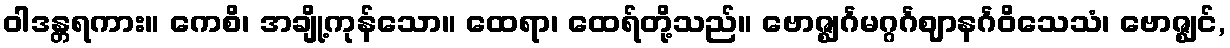
ဝါဒန္တရကား။ ကေစိ၊ အချို့ကုန်သော။ ထေရာ၊ ထေရ်တို့သည်။ ဗောဇ္ဈင်္ဂမဂ္ဂင်္ဂဈာနင်္ဂဝိသေသံ၊ ဗောဇ္ဈင်,